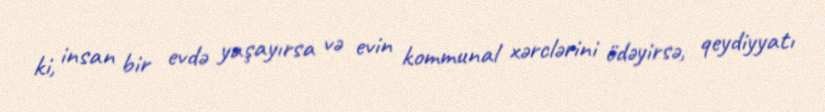
ki, insan bir evdə yaşayırsa və evin kommunal xərclərini ödəyirsə, qeydiyyatı